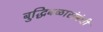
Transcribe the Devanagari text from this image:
बुद्धिबळासंबंधी